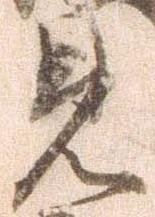
見